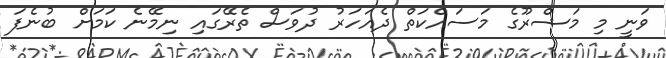
ވަނީ މި މަޝްރޫގެ މަސައްކަތް ދެއަހަރު ދުވަސް ތެރޭގައި ނިމޭނެ ކަމަށް ބުނެފަ